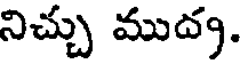
నిచ్చు ముద్య.